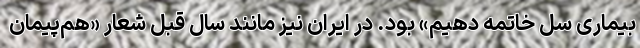
بیماری سل خاتمه دهیم» بود. در ایران نیز مانند سال قبل شعار «هم‌پیمان